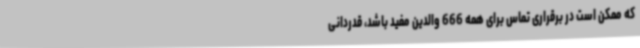
که ممکن است در برقراری تماس برای همه 666 والدین مفید باشد، قدردانی